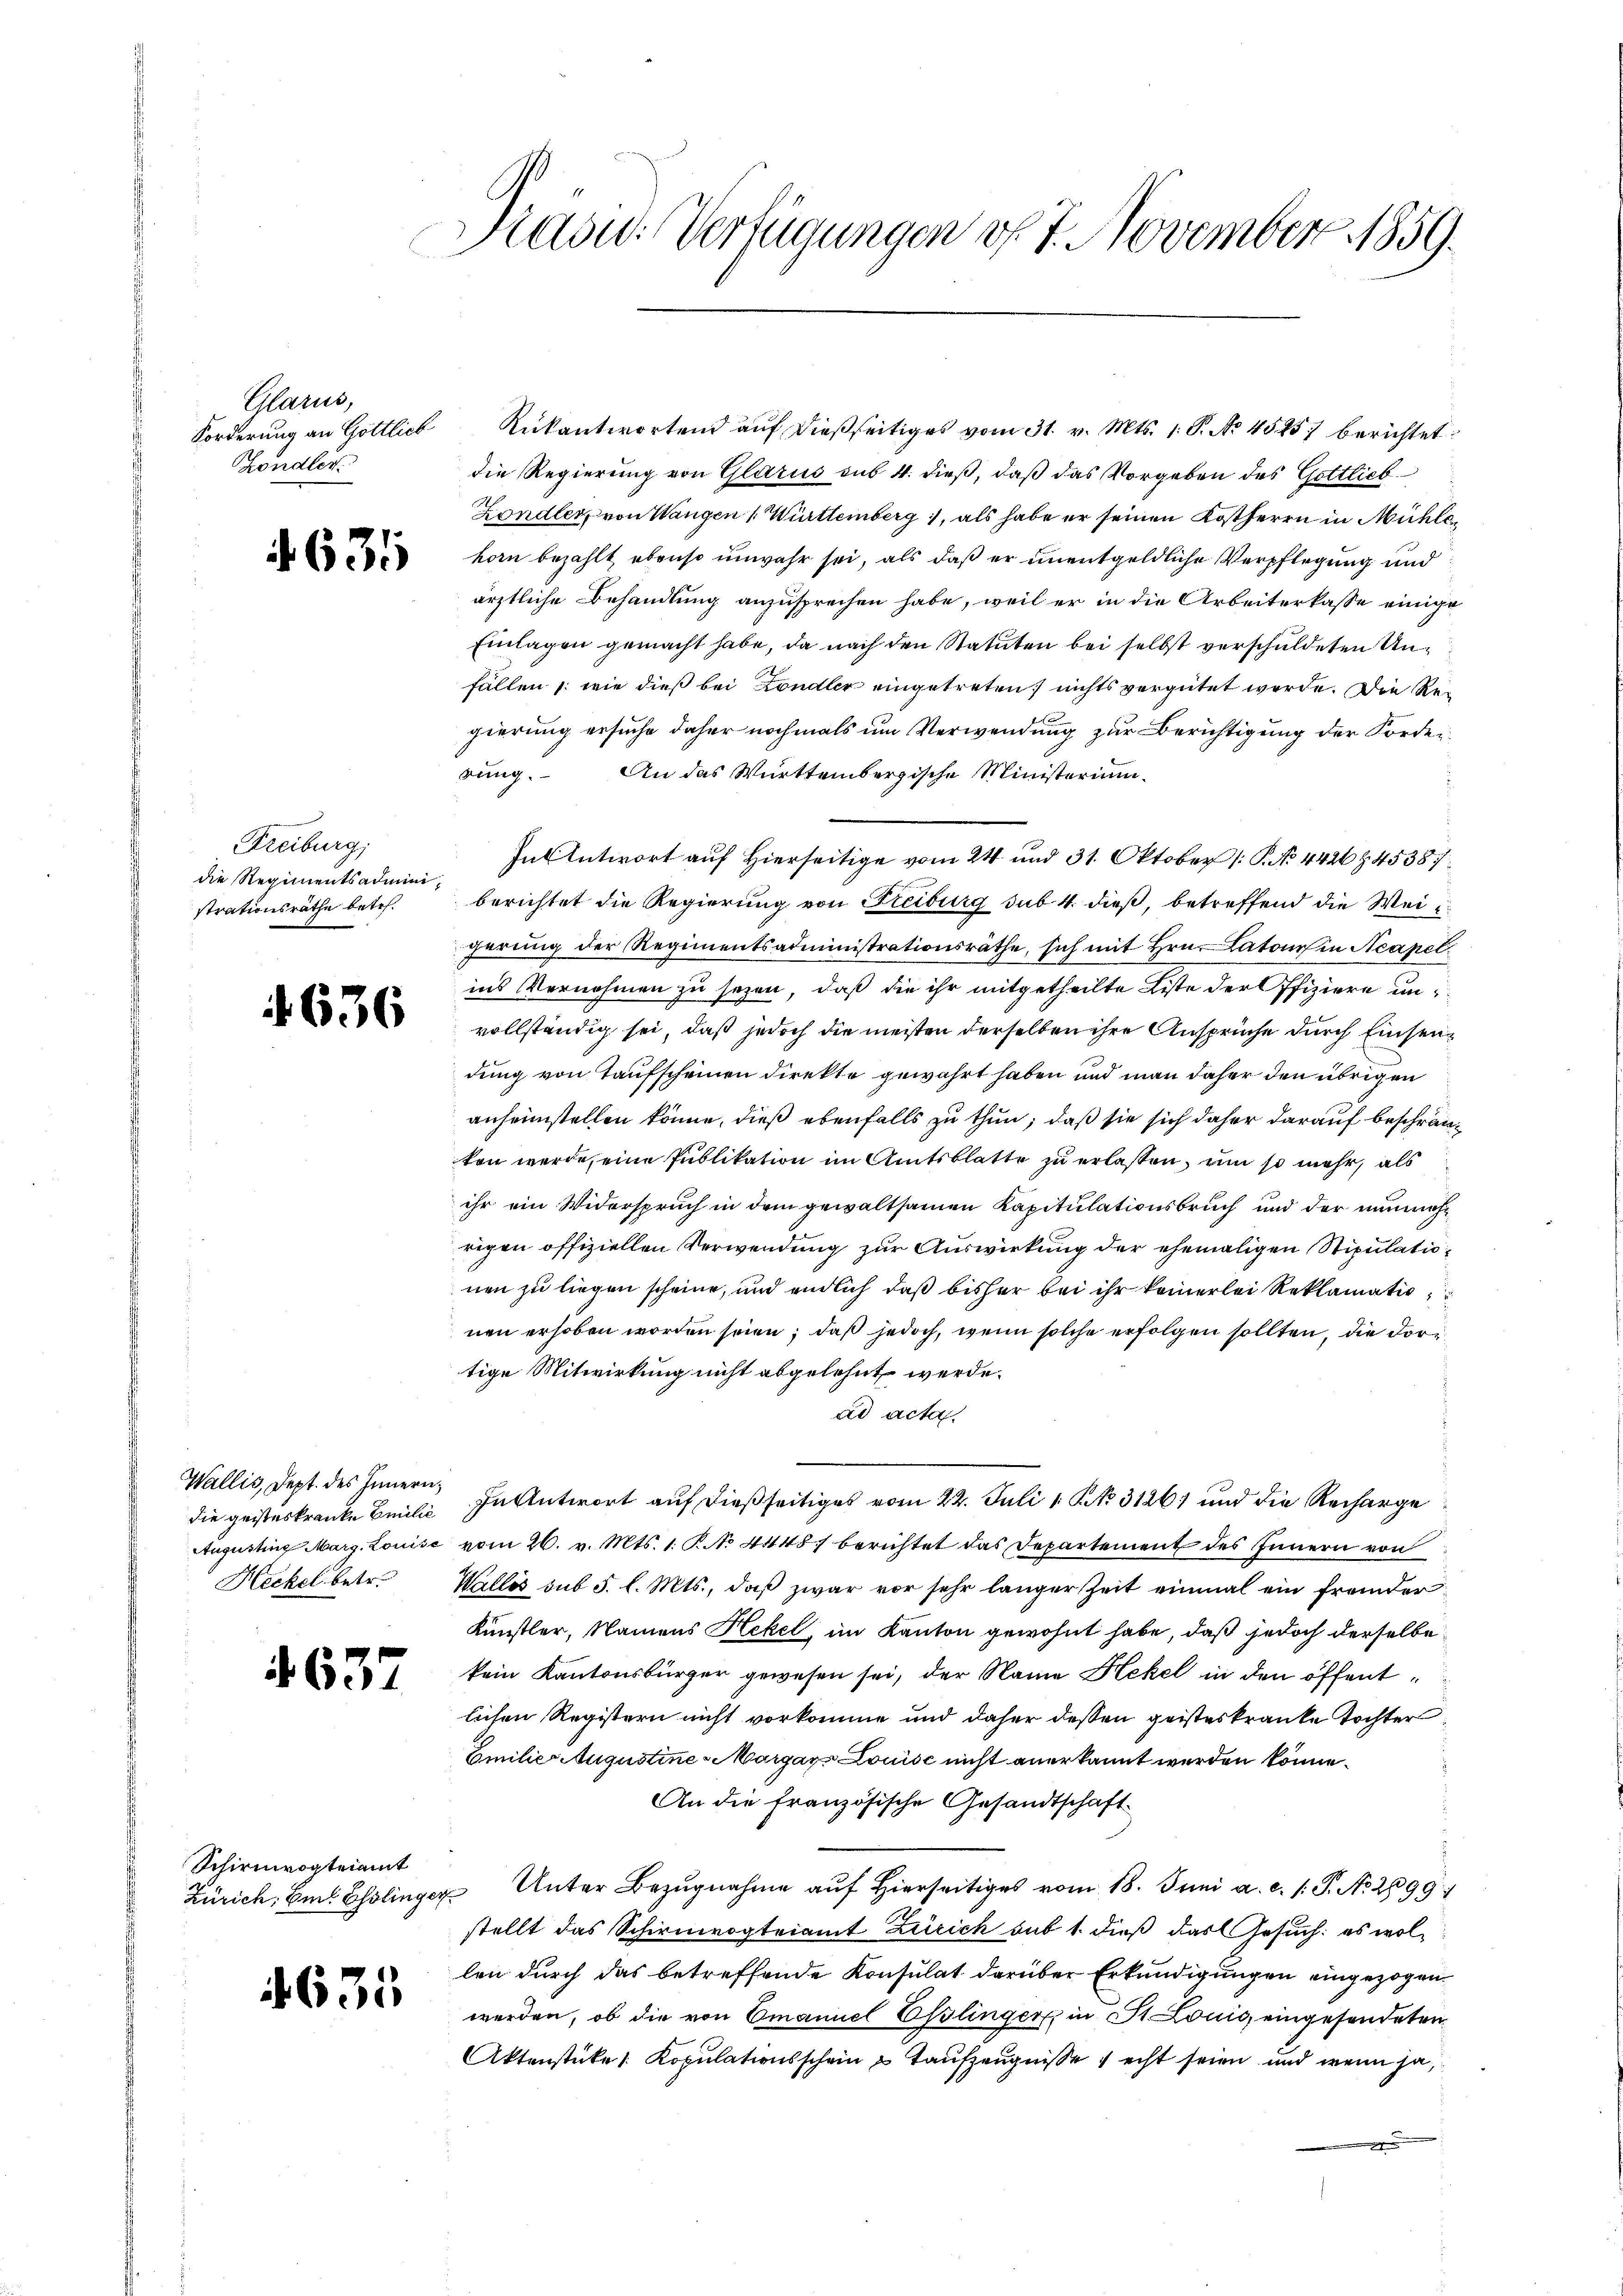
Glarus,
Köndler.

631

Freiburg,
die Regimentsadministrationsräthe betr.

636

Wallis, Dept. des Innern,
die geisteskranke Emilie
Heckel betr.

4637

Schirmvogteiamt

633

Kasu: Verfügungen v. 7. November 1859.

Forderŭng an Gottlich Rückantwortend aŭf dießseitiges vom 31. v. Mts. 1. P. No. 45257 berichtet:
die Regierung von Glarus sub 4. dieß, daß das Vorgeben des Gottlieb
Zondler, von Wangen ( Württemberg, als habe er seinen Kotherrn in Mühlehorn bezahlt ebenso unwahr sei, als daß er unentgeldliche Verpflegung und
ärztliche Behandlung anzusprechen habe, weil er in die Arbeiterkasse einige
Einlagen gemacht habe, da nach den Statuten bei selbst verschuldeten Unfällen /: wie dieß bei Kondler eingetreten, nichts vergütet werde. Die Regierung ersuche daher nochmals um Verwendung zur Berichtigung der Forderrung. An das Württembergische Ministerium
In Antwort auf Hierseitige vom 24 und 31. Oktober (: P. No 4426845387
berichtet die Regierung von Freiburg sub. 4. dieß, betreffend die Weiherung der Regimentsadministrationsräthe, sich mit Hrn. Catoirs in Neapel
ins Vernehmen zu sezen, daß die ihr mitgetheilte Liste der ffiziere unvollständig sei, daß jedoch die meisten derselben ihre Ansprüche durch Einsendung von Taufscheinen direkte gewahrt haben und man daher den übrigen
anheimstellen könne, dieß ebenfalls zu thun, daß sie sich daher darauf beschränken werde, eine Publikation im Amtsblatte zu erlaßen, um so mehr, als
ihr ein Widerspruch in dem gewaltsamen Kapitulationsbruch und der nunmehrigen offiziellen Verwendung zur Auswirkung der ehemaligen Stipulationen zu liegen scheine, und endlich daß bisher bei ihr keinerlei Reklamatio
nen erhoben worden seien; daß jedoch, wenn solche erfolgen sollten, die dortige Mitwirkung nicht abgelehnt werde.
ad acta.
In Antwort auf dießseitiges vom 22. Juli 1 NNo. 3126) und die Recharge
Augustina Marg. Louise vom 26. v. Mts. 1. P. No 4448/ berichtet das Departement des Innern von
Wallis sub 5. l. Mts., daß zwar vor sehr langer Zeit einmal ein fremder
Künstler, Namens Hekel, im Kanton gewohnt habe, daß jedoch derselbe
kein Kantonsbürger gewesen sei, der Name Hekel in den öffentlichen Registern nicht vorkomme und daher dessen geisteskranke Tochter
Emilie Augustine Margay Louise nicht anerkannt werden könne.
An die französische Gesandtschaft
Zürich. Emil Ehlinger Unter Bezŭgnahme aŭf hierseitiges vom 18. Juni a. c. 1. P. Nr. 2899)
stellt das Schirmvogteiamt Zürich sub 1. dieß das Gesuch: es wollen durch das betreffende Konsulat darüber Erkundigungen eingezogen
werden, ob die von Emanuel Eßlinger in St. Louis eingesendeten
Aktenstüke / Kopulationsschein & Taufzeugnisse , echt seien und wenn ja,